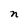
Character: n